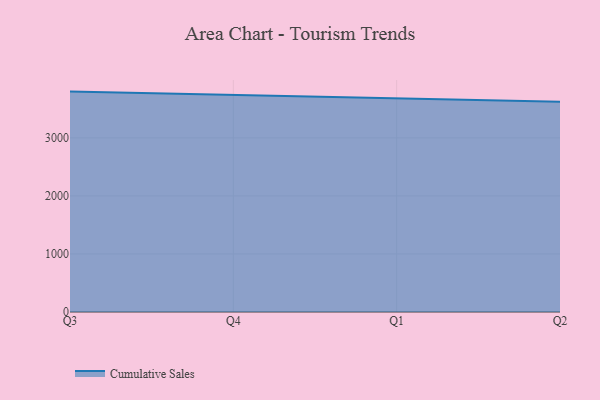
{"axis": {"x": "Quarter", "y": "Production Output"}, "legend": ["Cumulative Sales"], "data": [{"x": "Q3", "y": 3797.0, "type": "Cumulative Sales"}, {"x": "Q4", "y": 3736.2, "type": "Cumulative Sales"}, {"x": "Q1", "y": 3672.7, "type": "Cumulative Sales"}, {"x": "Q2", "y": 3621.5, "type": "Cumulative Sales"}]}